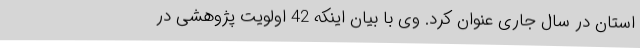
استان در سال جاری عنوان کرد. وی با بیان اینکه 42 اولویت پژوهشی در